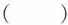
()